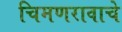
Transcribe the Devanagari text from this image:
चिमणरावाचे